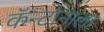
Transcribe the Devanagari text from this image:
कॅन्टोनाला